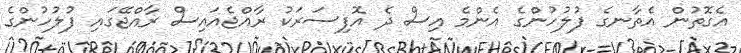
އެގޮތުން އެތާނގެ ފުލުހުންގެ އެންމެ އިސް ދެ އޮފިސަރަކު ރާއްޖެއައިސް ރާއްޖޭގައި ފުލުހުންގެ